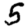
Digit: 5